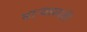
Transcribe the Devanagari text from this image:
माऱ्यासाठी